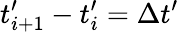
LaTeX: t_{i+1}^{\prime}-t_{i}^{\prime}=\Delta t^{\prime}